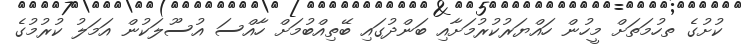
ކުށުގެ ތހުމަތަށް މީހުން ހައްޔަރުކުރުމަށާއި ބަންދުގައި ބޭތިއްބުމަށް ހާއްސަ އުސޫލަކުން އަމަލު ކުރުމުގެ